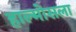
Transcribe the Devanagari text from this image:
हाल्मोसला